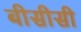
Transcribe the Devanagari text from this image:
बीसीसी